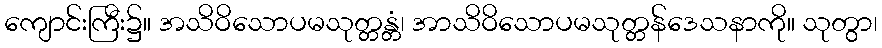
ကျောင်းကြီး၌။ အသိဝိသောပမသုတ္တန္တံ၊ အာသိဝိသောပမသုတ္တန်ဒေသနာကို။ သုတွာ၊